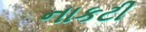
નાકટી